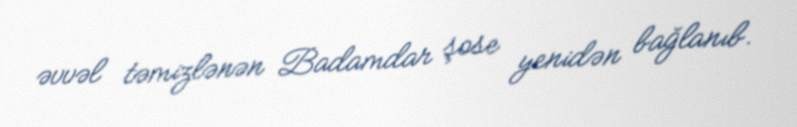
əvvəl təmizlənən Badamdar şose yenidən bağlanıb.